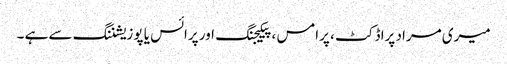
میری مراد پراڈکٹ ، پرامس ، پیکیجنگ اور پرائس یا پوزیشننگ سے ہے ۔